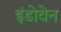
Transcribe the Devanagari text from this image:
इंडोवेन